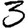
Digit: 3